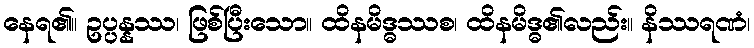
နေရ၏။ ဥပ္ပန္နဿ၊ ဖြစ်ပြီးသော။ ထိနမိဒ္ဓဿစ၊ ထိနမိဒ္ဓ၏လည်း။ နိဿရဏံ၊